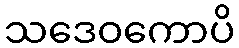
သဒေဝကောပိ